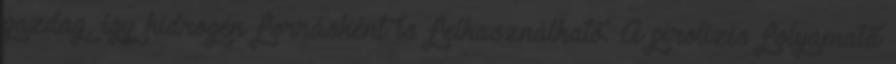
gazdag, így hidrogén forrásként is felhasználható. A pirolízis folyamata